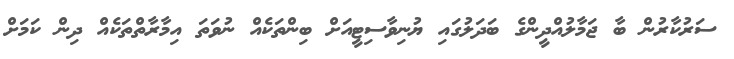
ސަރުކާރުން ބާ ޖަމާލުއްދީންގެ ބަދަލުގައި ޔުނިވާސިޓީއަށް ބިންތަކެއް ނުވަތަ އިމާރާތްތަކެއް ދިން ކަމަށް